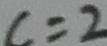
c = 2